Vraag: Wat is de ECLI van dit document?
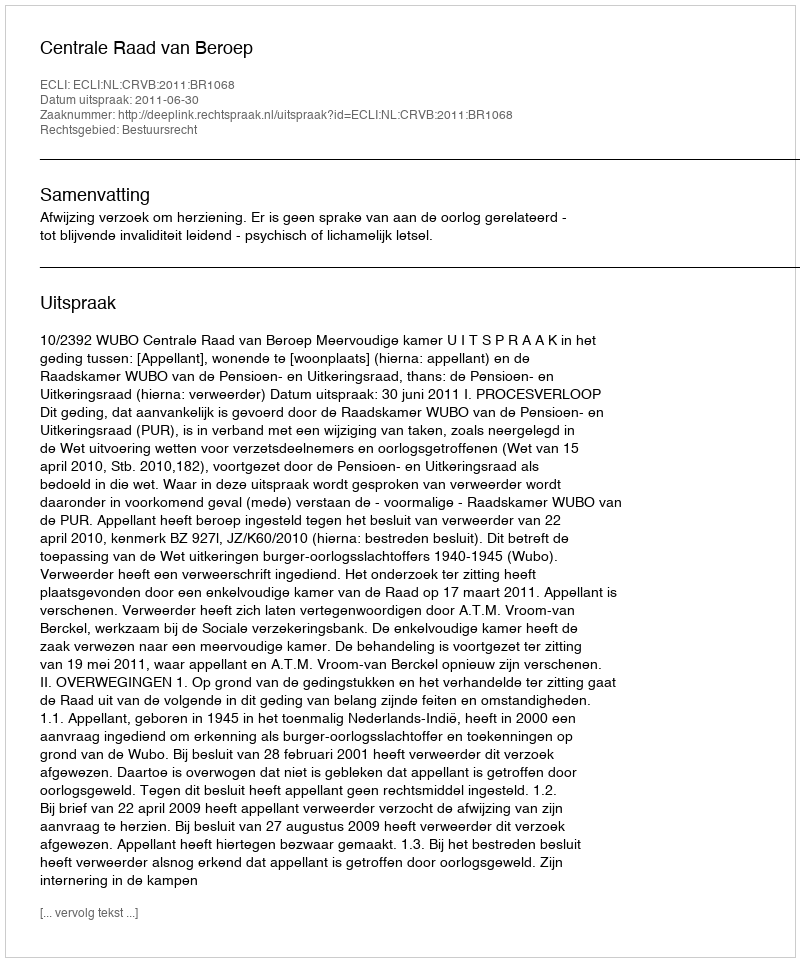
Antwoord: ECLI:NL:CRVB:2011:BR1068